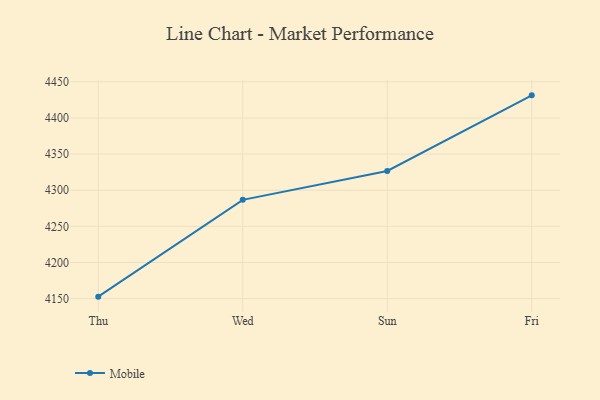
{"axis": {"x": "Day", "y": "Market Share (%)"}, "legend": ["Mobile"], "data": [{"x": "Thu", "y": 4152.7, "type": "Mobile"}, {"x": "Wed", "y": 4286.7, "type": "Mobile"}, {"x": "Sun", "y": 4326.6, "type": "Mobile"}, {"x": "Fri", "y": 4431.3, "type": "Mobile"}]}